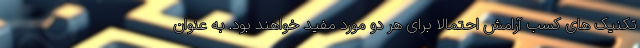
تکنیک های کسب آرامش احتمالا برای هر دو مورد مفید خواهند بود. به عنوان